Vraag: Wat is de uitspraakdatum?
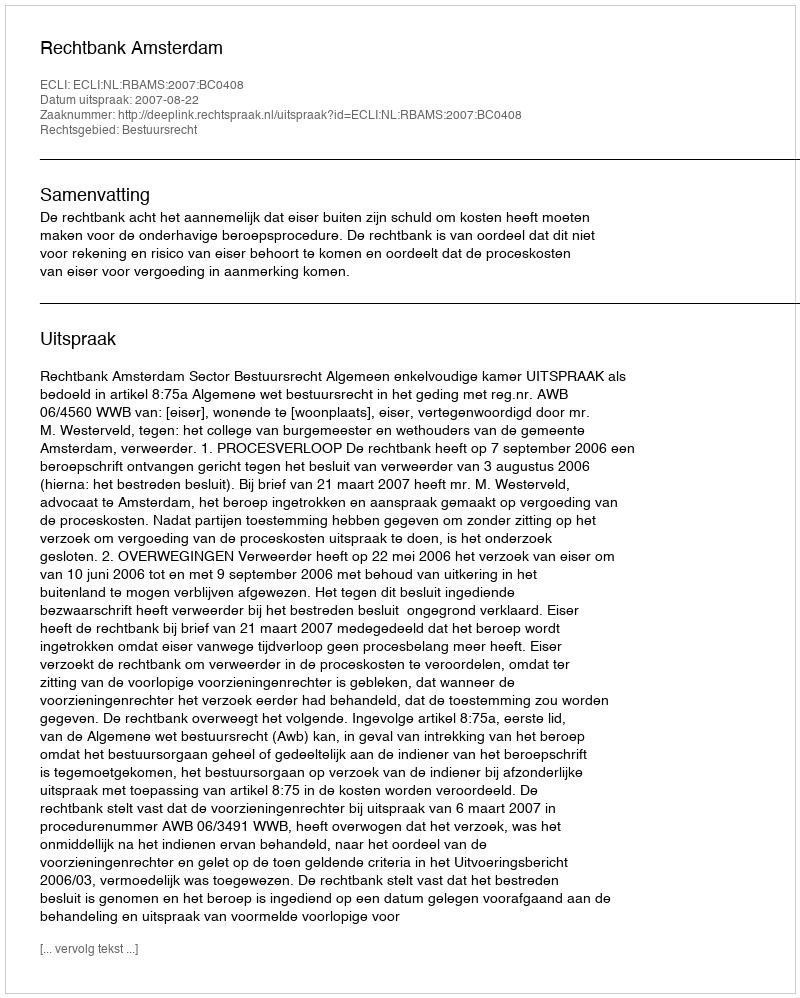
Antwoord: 2007-08-22